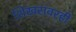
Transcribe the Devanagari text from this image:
शिखरावरही